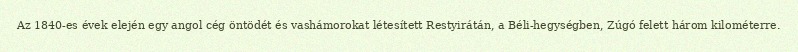
Az 1840-es évek elején egy angol cég öntödét és vashámorokat létesített Restyirátán, a Béli-hegységben, Zúgó felett három kilométerre.